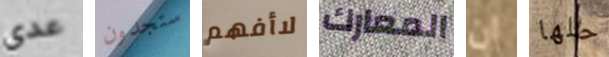
عدى ستجدون لاأفهم المعارك ان حلها